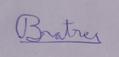
Signature authenticity: genuine